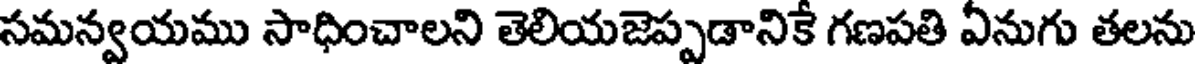
సమన్వయము సాధించాలని తెలియజెప్పడానికే గణపతి ఏనుగు తలను